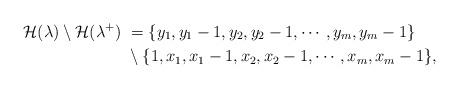
LaTeX: \begin{align*}\mathcal{H}(\lambda)\setminus \mathcal{H}(\lambda^+)\ &=\{ y_1,y_1-1,y_2,y_2-1,\cdots, y_m,y_m-1 \}\\ &\setminus \{ 1,x_1,x_1-1,x_2,x_2-1,\cdots, x_m,x_m-1 \},\end{align*}